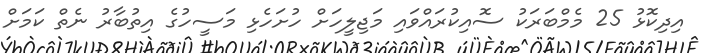
އިދިކޮޅު 25 މެމްބަރަކު ސޮއިކުރައްވައި މަޖިލީހަށް ހުށަހެޅި މަސީހުގެ އިތުބާރު ނެތް ކަމަށް